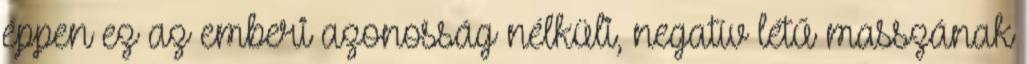
éppen ez az emberi azonosság nélküli, ne­gatív létű masszának